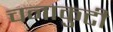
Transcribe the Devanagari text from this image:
चनाकुटी